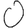
Digit: 0